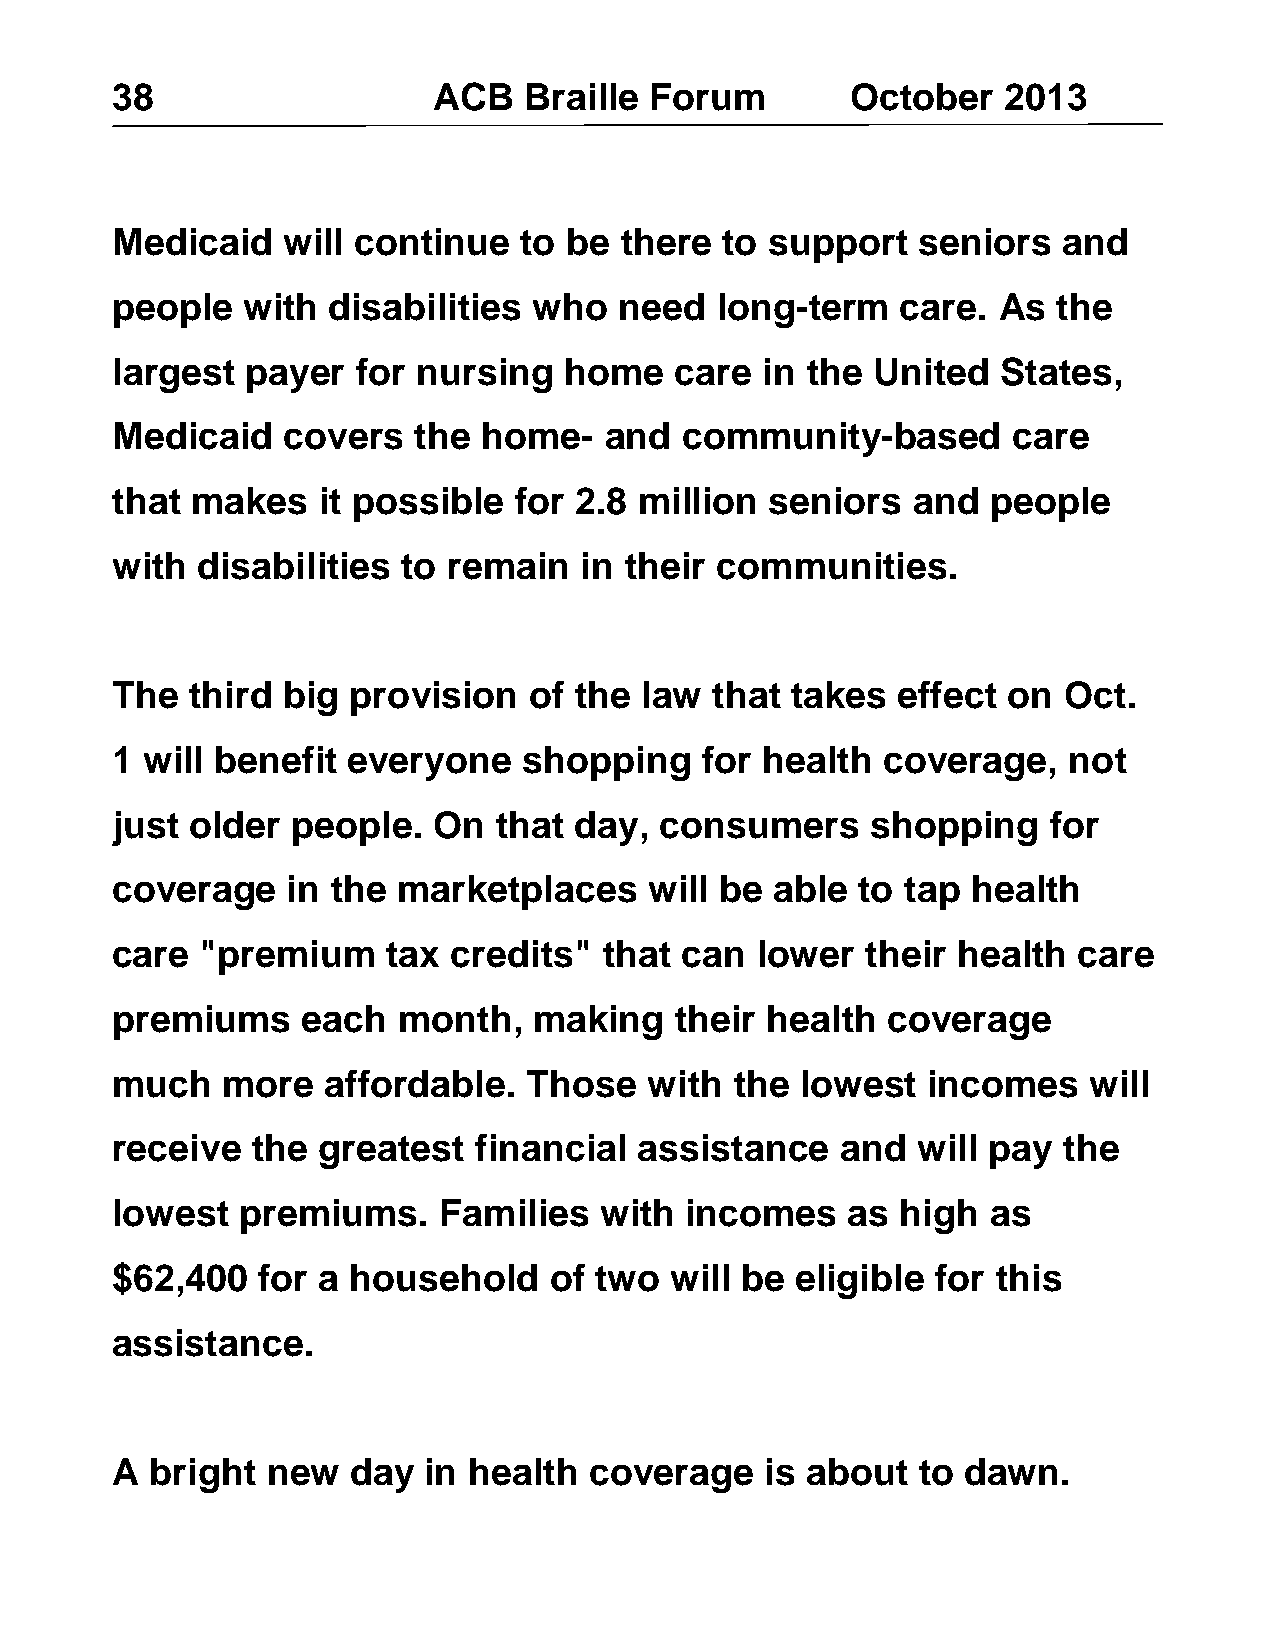
38                    ACB   Braille Forum        October   2013
 Medicaid    will continue  to  be there  to support   seniors  and
 people   with  disabilities who   need  long-term    care. As  the
 largest  payer   for nursing  home    care in the  United  States,
 Medicaid    covers  the  home-   and  community-based       care
 that  makes   it possible  for 2.8 million  seniors  and   people
 with  disabilities  to remain  in their communities.
 The   third big provision   of the law  that takes  effect  on Oct.
 1 will benefit  everyone    shopping   for health  coverage,    not
 just  older people.   On  that day,  consumers     shopping    for
 coverage    in the marketplaces     will be able  to tap health
 care  "premium     tax credits"  that can  lower  their health  care
 premiums     each  month,   making    their health  coverage
 much    more   affordable.  Those   with  the lowest  incomes    will
 receive   the greatest  financial  assistance    and  will pay the
 lowest   premiums.    Families   with incomes    as  high  as
 $62,400   for a household    of two  will be  eligible for this
 assistance.
 A  bright  new  day  in health  coverage    is about  to dawn.